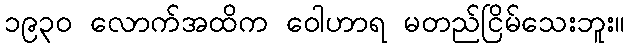
၁၉၃၀ လောက်အထိက ဝေါဟာရ မတည်ငြိမ်သေးဘူး။